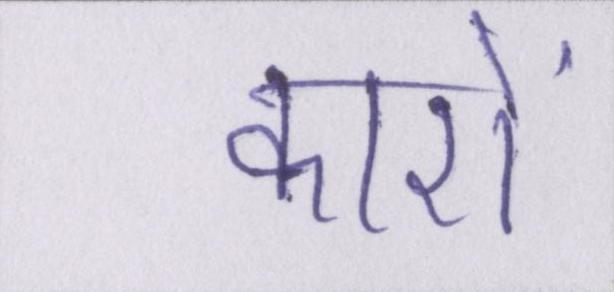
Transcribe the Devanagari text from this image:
कारों